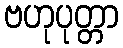
ဗဟုပုတ္တာ